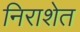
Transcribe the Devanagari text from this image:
निराशेत